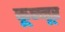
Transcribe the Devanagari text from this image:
कून्‍नूर